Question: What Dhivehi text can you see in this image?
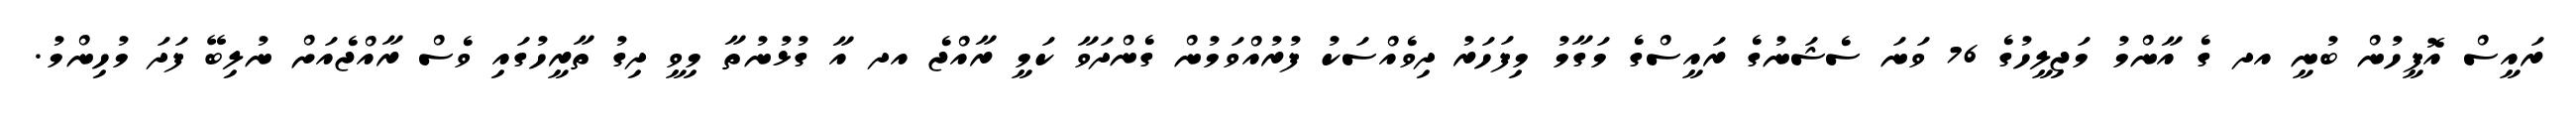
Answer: ރައީސް އޮފީހުން ބުނީ އދ ގެ އާންމު މަޖިލީހުގެ 76 ވަނަ ސެޝަނުގެ ރައީސްގެ މަގާމު މިފަހަރު ދިވެއްސަކު ފުރުއްވަމުން ގެންދަވާ ކަމީ ރާއްޖެ އދ އާ ގުޅުނުތާ މިވީ ދިގު ތާރީހުގައި ވެސް ރާއްޖެއަށް ނުލިބޭ ފަދަ މުހިންމު.